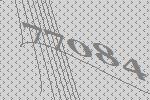
77084